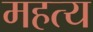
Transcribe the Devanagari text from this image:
महत्य